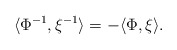
\begin{align*}\langle\Phi^{-1}, \xi^{-1}\rangle = - \langle\Phi, \xi\rangle.\end{align*}